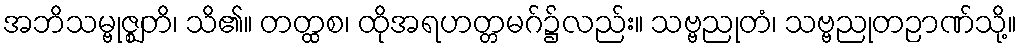
အဘိသမ္ဗုဇ္ဈတိ၊ သိ၏။ တတ္ထစ၊ ထိုအရဟတ္တမဂ်၌လည်း။ သဗ္ဗညုတံ၊ သဗ္ဗညုတဉာဏ်သို့။